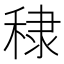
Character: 𥟤